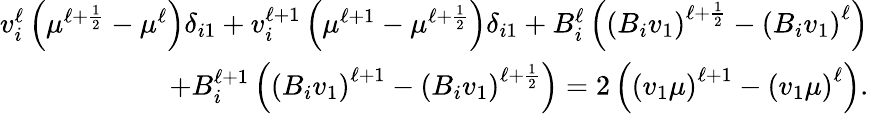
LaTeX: \begin{array}{r}{v_{i}^{\ell}\left(\mu^{\ell+\frac{1}{2}}-\mu^{\ell}\right)\delta_{i1}+v_{i}^{\ell+1}\left(\mu^{\ell+1}-\mu^{\ell+\frac{1}{2}}\right)\delta_{i1}+B_{i}^{\ell}\left(\left(B_{i}v_{1}\right)^{\ell+\frac{1}{2}}-\left(B_{i}v_{1}\right)^{\ell}\right)}\\ {+B_{i}^{\ell+1}\left(\left(B_{i}v_{1}\right)^{\ell+1}-\left(B_{i}v_{1}\right)^{\ell+\frac{1}{2}}\right)=2\left(\left(v_{1}\mu\right)^{\ell+1}-\left(v_{1}\mu\right)^{\ell}\right).}\end{array}